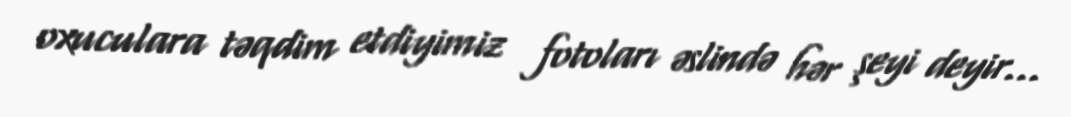
oxuculara təqdim etdiyimiz fotoları əslində hər şeyi deyir...